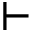
\vdash